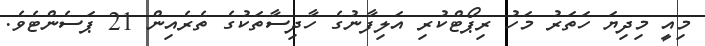
މިއީ މިދިޔަ ހަތަރު މަހު ރިޕޯޓްކުރި އަލިފާނުގެ ހާދިސާތަކުގެ ތެރެއިން 21 ޕަސެންޓެވެ.